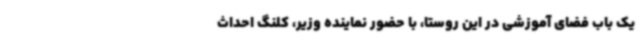
یک باب فضای آموزشی در این روستا، با حضور نماینده وزیر، کلنگ احداث